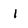
Character: 1